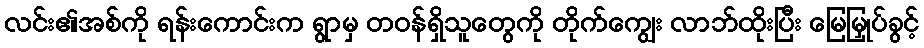
လင်း၏အစ်ကို ရန်းကောင်းက ရွာမှ တဝန်ရှိသူတွေကို တိုက်ကျွေး လာဘ်ထိုးပြီး မြေမြှုပ်ခွင့်